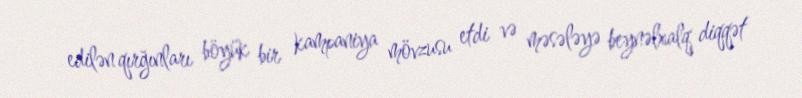
edilən qırğınları böyük bir kampaniya mövzusu etdi və məsələyə beynəlxalq diqqət